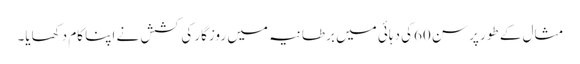
مثال کے طور پر سن 60کی دہائی میں برطانیہ میں روزگار کی کشش نے اپنا کام دکھایا۔